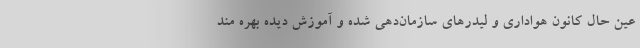
عین حال کانون هواداری و لیدرهای سازمان‌دهی شده و آموزش دیده بهره مند